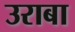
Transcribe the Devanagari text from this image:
उराबा